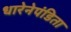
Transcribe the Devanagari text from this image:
धारेनेपंडिता